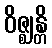
ဝိဇ္ဈန္တိ